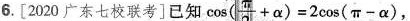
6.[2020广东七校联考]已知$$ \cos(\frac{\pi }{4} + α)=2cos(π-α)$$，